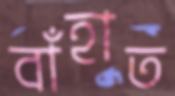
বাঁহাত